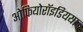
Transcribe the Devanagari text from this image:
ओफियोरॉइडियया